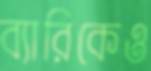
ব্যারিকেও